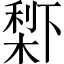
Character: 𣗱